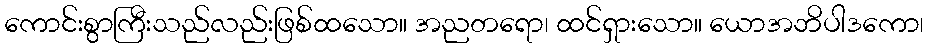
ကောင်းစွာကြီးသည်လည်းဖြစ်ထသော။ အညတရော၊ ထင်ရှားသော။ ယောအဘိပါဒကော၊